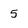
Character: 5